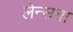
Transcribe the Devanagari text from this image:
लेन्सचा